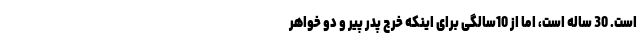
است. 30 ساله است، اما از 10سالگی برای اینکه خرج پدر پیر و دو خواهر